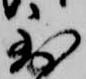
到